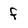
Character: f